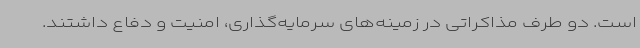
است. دو طرف مذاکراتی در زمینه‌های سرمایه‌گذاری، امنیت و دفاع داشتند.